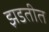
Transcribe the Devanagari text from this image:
झडतीत